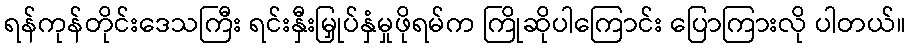
ရန်ကုန်တိုင်းဒေသကြီး ရင်းနှီးမြှုပ်နှံမှုဖိုရမ်က ကြိုဆိုပါကြောင်း ပြောကြားလို ပါတယ်။